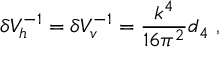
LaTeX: \delta V _ { h } ^ { - 1 } = \delta V _ { v } ^ { - 1 } = { \frac { k ^ { 4 } } { 1 6 \pi ^ { 2 } } } d _ { 4 } ~ ,